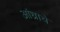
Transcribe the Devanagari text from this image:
आंध्राचे